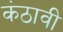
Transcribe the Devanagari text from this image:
कंठावी